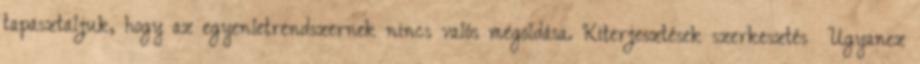
tapasztaljuk, hogy az egyenletrendszernek nincs valós megoldása. Kiterjesztések szerkesztés Ugyanez